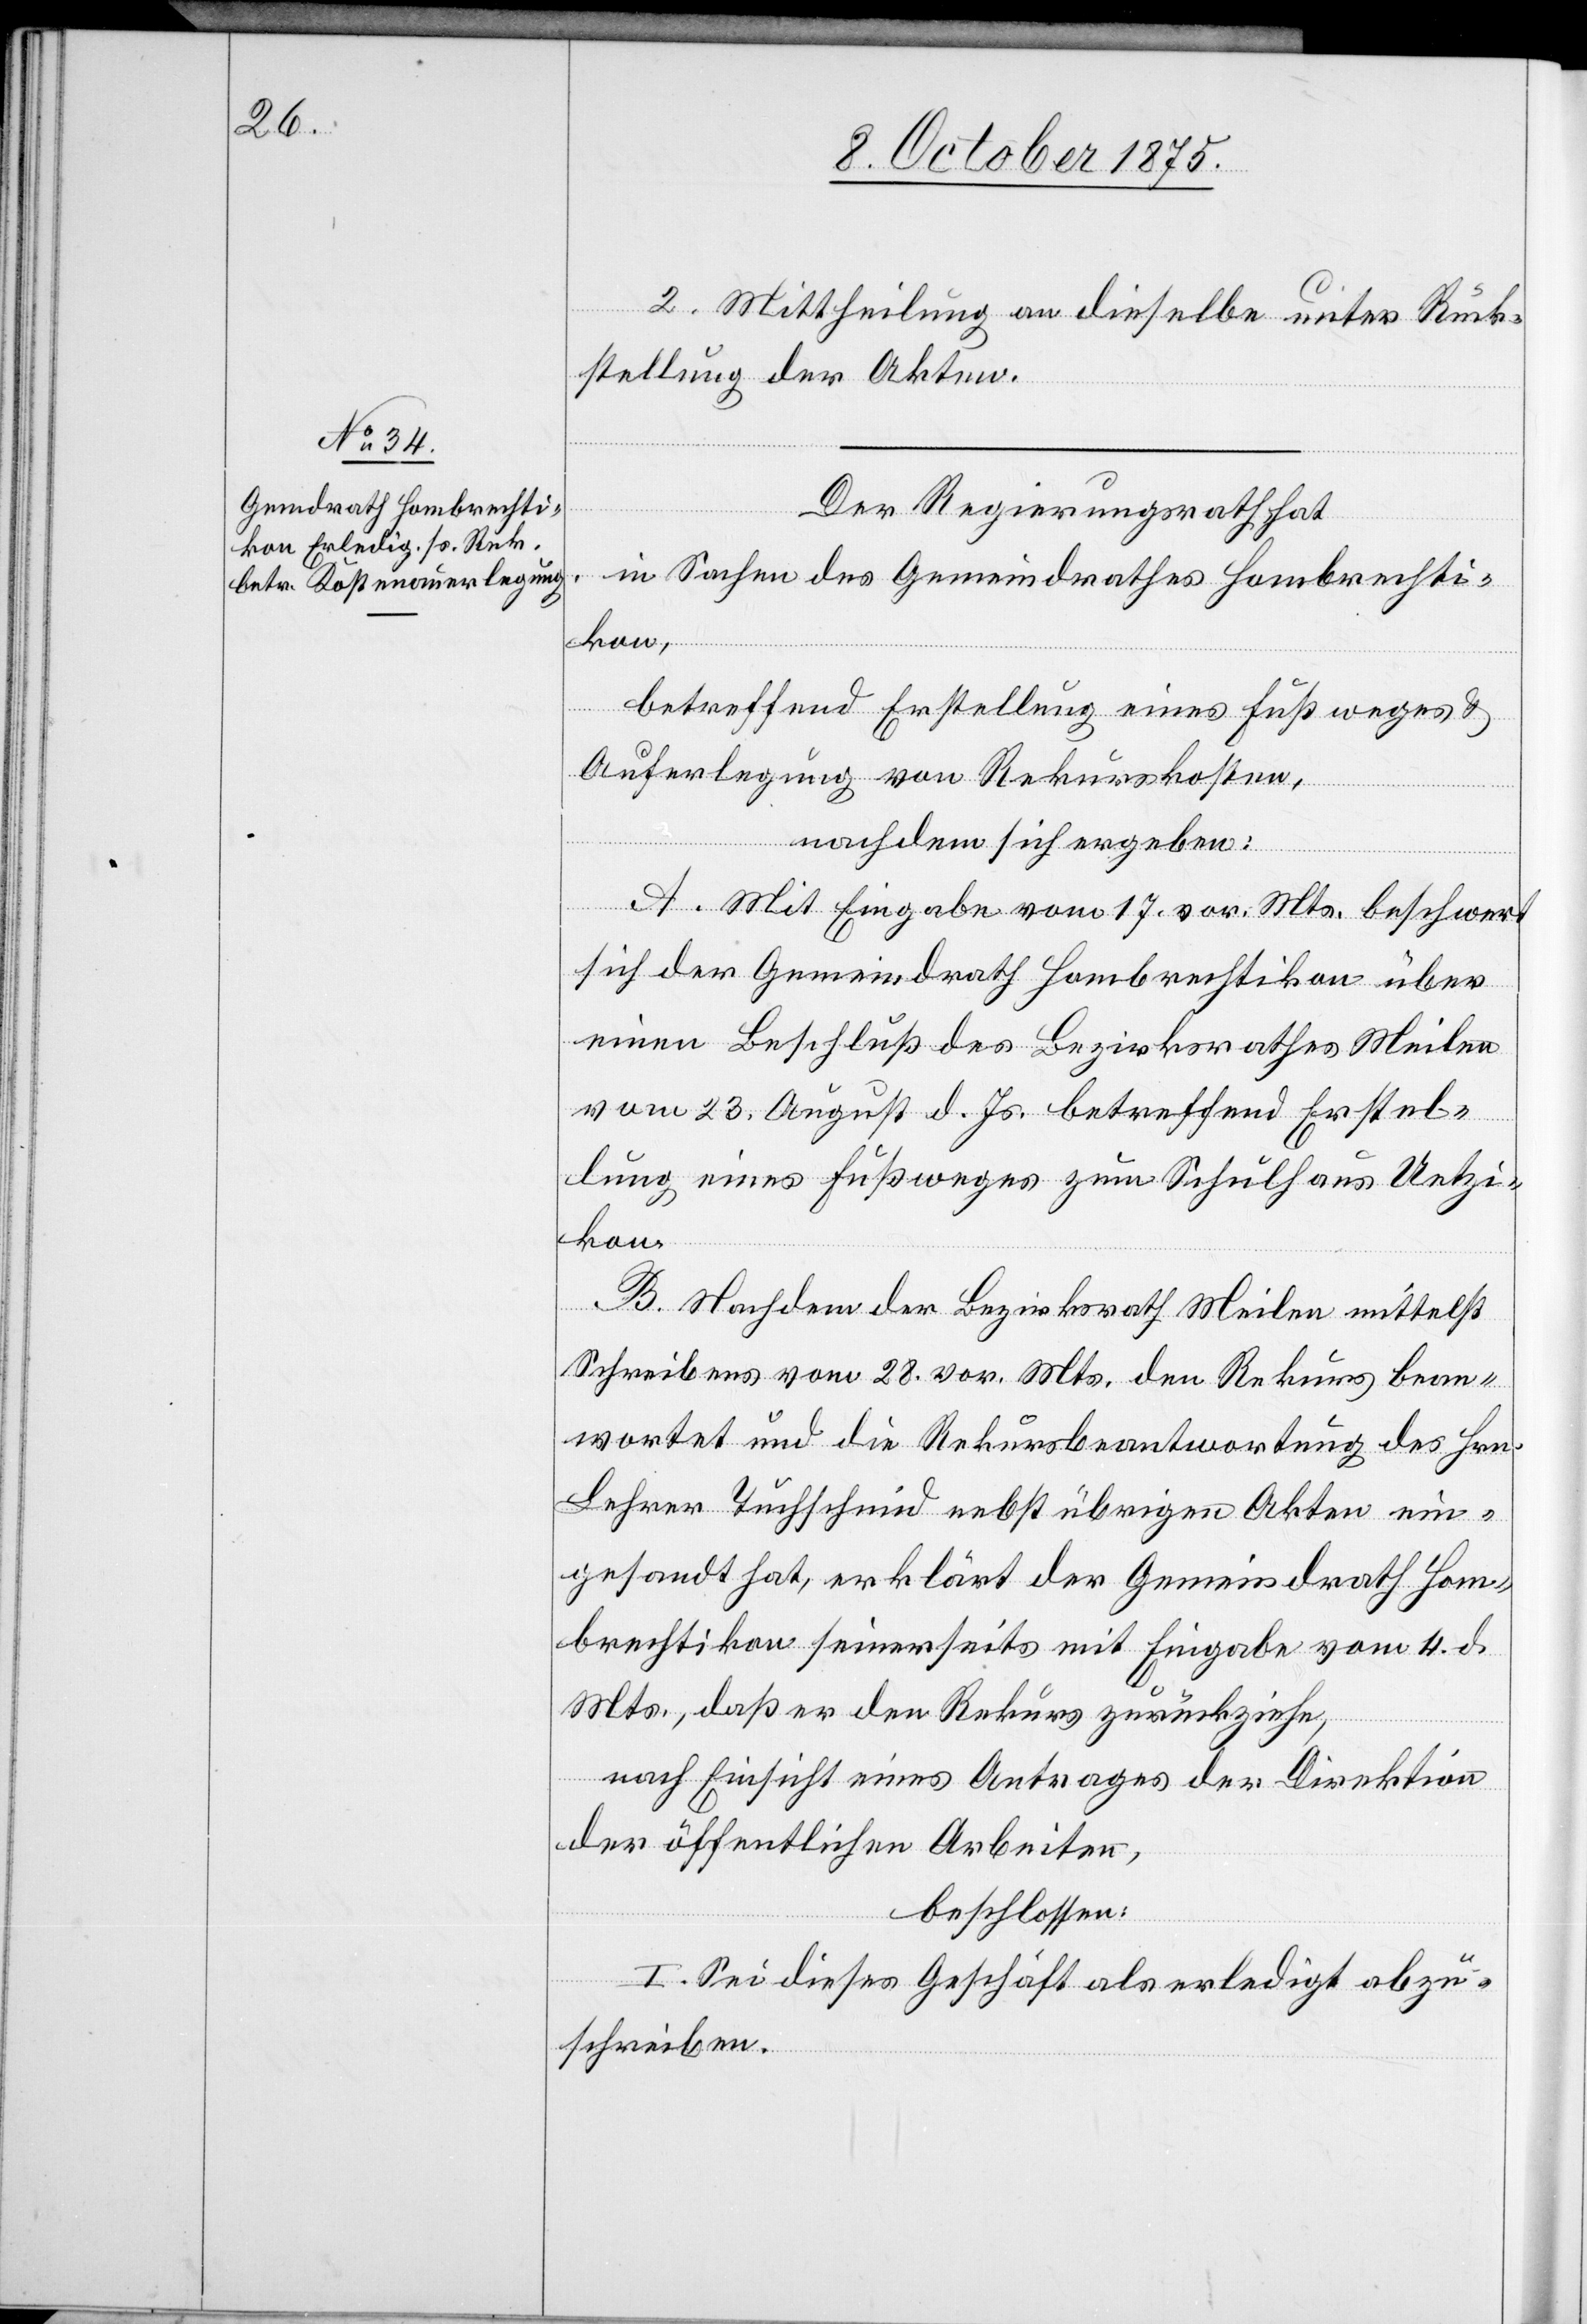
Der Regierungsrath hat,
in Sachen des Gemeindrathes Hombrechti¬
kon,
betreffend Erstellung eines Fußweges &
Auferlegung von Rekurskosten,
nachdem sich ergeben:
A. Mit Eingabe vom 17. vor. Mts. beschwert
sich der Gemeindrath Hombrechtikon über
einen Beschluß des Bezirksrathes Meilen
vom 23. August d. Js. betreffend Erstel¬
lung eines Fußweges zum Schulhaus Uetzi¬
kon.
B. Nachdem der Bezirksrath Meilen mittelst
Schreibens vom 28. vor. Mts. den Rekurs bean¬
twortet und die Rekursbeantwortung des Hrn.
Lehrer Tuchschmid nebst übrigen Akten ein¬
gesandt hat, erklärt der Gemeindrath Hom¬
brechtikon seinerseits mit Eingabe vom 4. d.
Mts., daß er den Rekurs zurückziehe,
nach Einsicht eines Antrages der Direktion
der öffentlichen Arbeiten,
beschlossen:
I. Sei dieses Geschäft als erledigt abzu¬
schreiben.